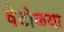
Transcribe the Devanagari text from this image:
वेटोळ्या